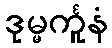
ဒုမ္မင်္ကူနံ